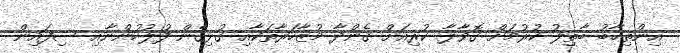
އިންތިހާބު ބާތިލު ކުރުމަށް ގޮވާލާ ކުރިއަށް ގެންދާ މުޒާހަރާތަކާއި ގުޅިގެން ފުލުހުންނާއި ސިފައިން